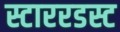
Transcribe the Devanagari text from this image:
स्टाररडस्ट